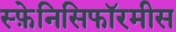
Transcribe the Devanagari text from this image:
स्फ़ेनिसिफॉरमीस